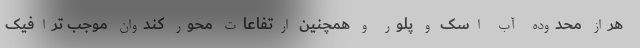
هراز محدوده آب اسک و پلور و همچنین ارتفاعات محور کندوان موجب ترافیک